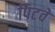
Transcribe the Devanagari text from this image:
पिटवे